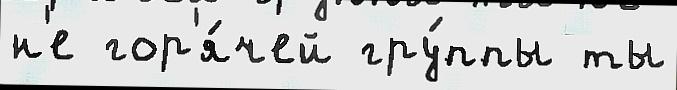
н'е гор'я́чей гру́ппы ты